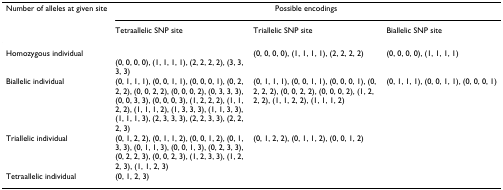
| Number of alleles at given site | <COLSPAN=3> Possible encodings |
 |  | Tetraallelic SNP site | Triallelic SNP site | Biallelic SNP site |
 | --- | --- | --- | --- |
 | Homozygous individual | (0, 0, 0, 0), (1, 1, 1, 1), (2, 2, 2, 2), (3, 3, 3, 3) | (0, 0, 0, 0), (1, 1, 1, 1), (2, 2, 2, 2) | (0, 0, 0, 0), (1, 1, 1, 1) |
 | Biallelic individual | (0, 1, 1, 1), (0, 0, 1, 1), (0, 0, 0, 1), (0, 2, 2, 2), (0, 0, 2, 2), (0, 0, 0, 2), (0, 3, 3, 3), (0, 0, 3, 3), (0, 0, 0, 3), (1, 2, 2, 2), (1, 1, 2, 2), (1, 1, 1, 2), (1, 3, 3, 3), (1, 1, 3, 3), (1, 1, 1, 3), (2, 3, 3, 3), (2, 2, 3, 3), (2, 2, 2, 3) | (0, 1, 1, 1), (0, 0, 1, 1), (0, 0, 0, 1), (0, 2, 2, 2), (0, 0, 2, 2), (0, 0, 0, 2), (1, 2, 2, 2), (1, 1, 2, 2), (1, 1, 1, 2) | (0, 1, 1, 1), (0, 0, 1, 1), (0, 0, 0, 1) |
 | Triallelic individual | (0, 1, 2, 2), (0, 1, 1, 2), (0, 0, 1, 2), (0, 1, 3, 3), (0, 1, 1, 3), (0, 0, 1, 3), (0, 2, 3, 3), (0, 2, 2, 3), (0, 0, 2, 3), (1, 2, 3, 3), (1, 2, 2, 3), (1, 1, 2, 3) | (0, 1, 2, 2), (0, 1, 1, 2), (0, 0, 1, 2) |  |
 | Tetraallelic individual | (0, 1, 2, 3) |  |  |